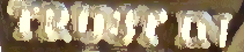
TRUST IN